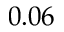
0 . 0 6